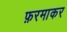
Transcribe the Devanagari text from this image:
फ़रमाकर